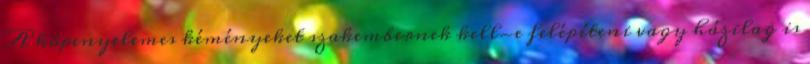
A köpenyelemes kéményeket szakembernek kell-e felépíteni vagy házilag is